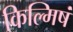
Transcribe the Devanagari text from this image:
किल्मिषं